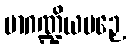
မာဂဏ္ဍိယပဉှေ